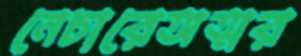
নেচারেঅত্মর